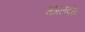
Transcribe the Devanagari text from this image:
मंगलदोष